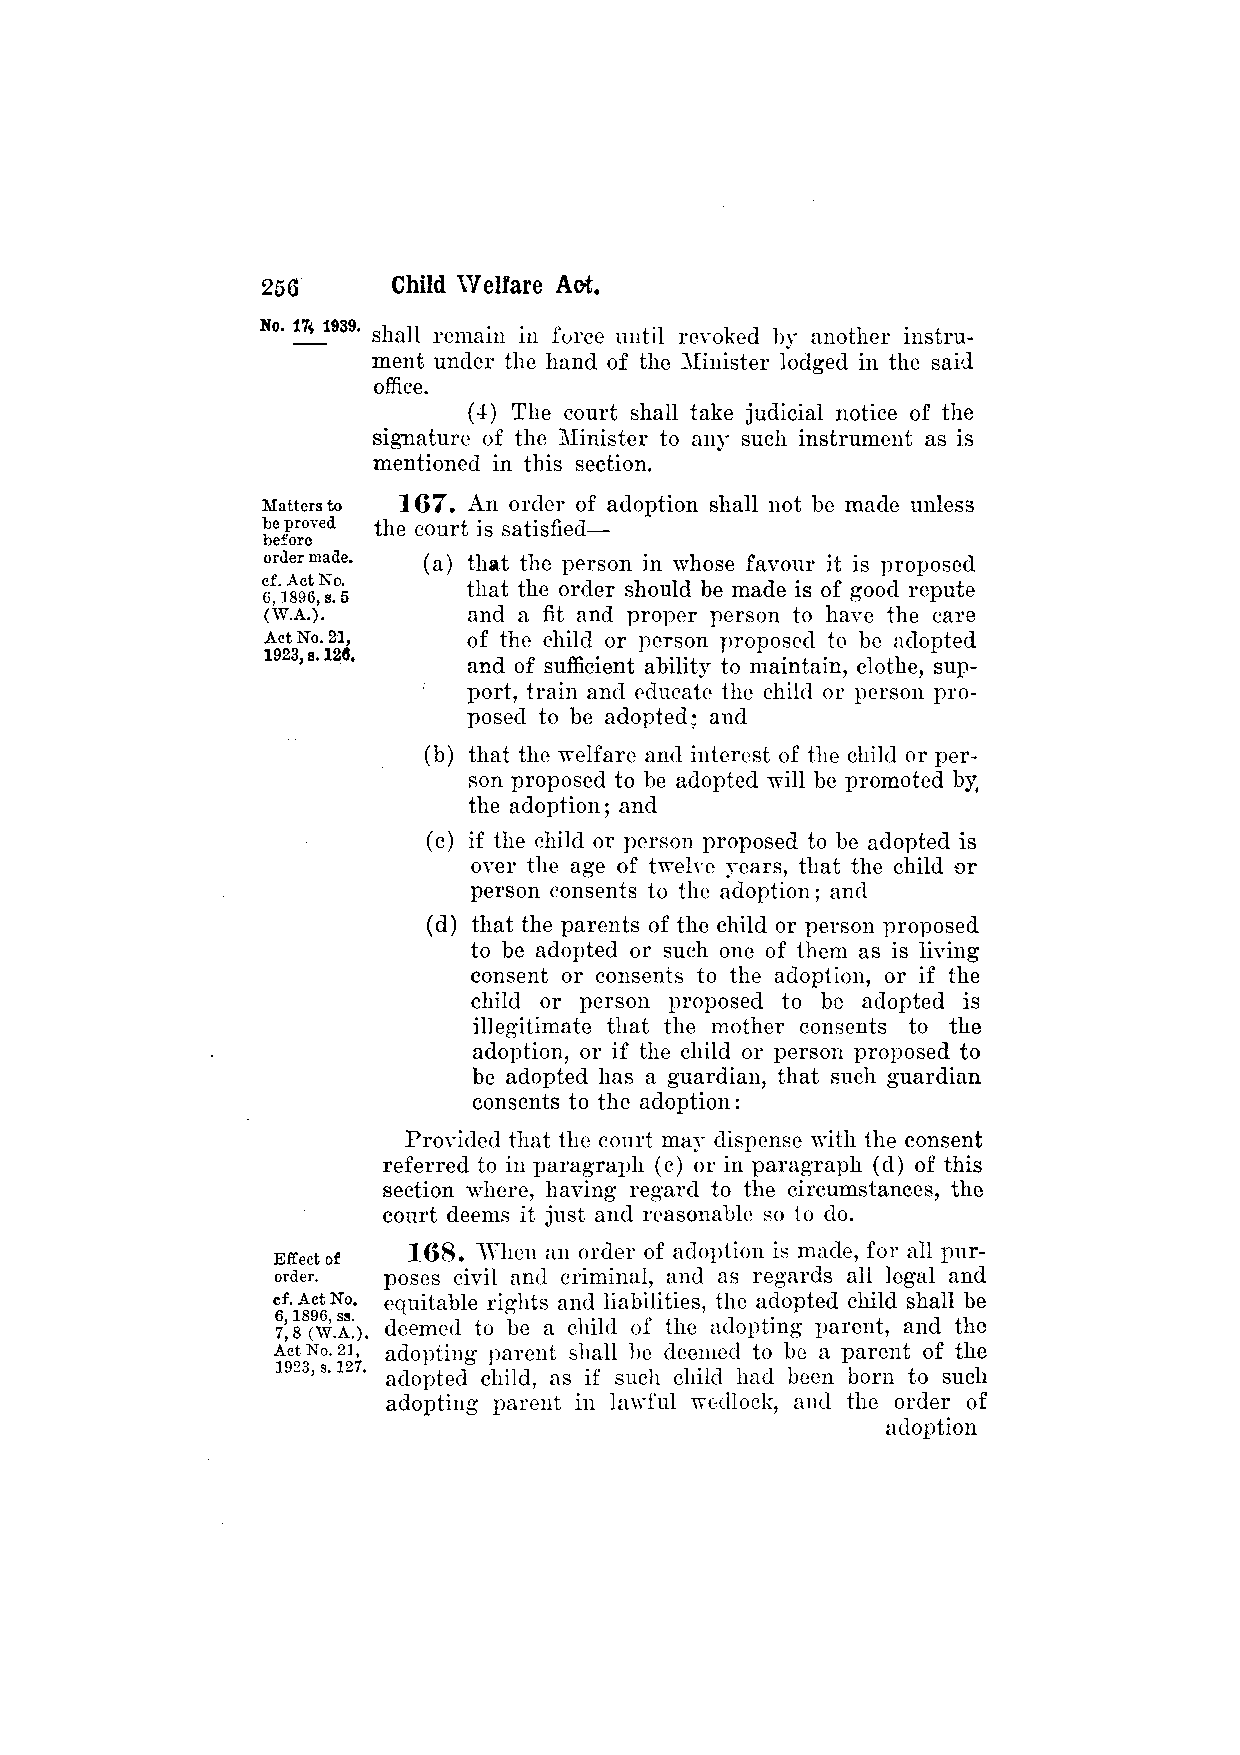
shall remain in force until revoked by another instru­
 ment under the hand of the Minister lodged in the said
 office.
 (4) The court shall take judicial notice of the
 signature of the Minister to any such instrument as is
 mentioned in this section.
 167. An order of adoption shall not be made unless
 the court is satisfied—
 (a) that the person in whose favour it is proposed
 that the order should be made is of good repute
 and a fit and proper person to have the care
 of the child or person proposed to be adopted
 and of sufficient ability to maintain, clothe, sup­
 port, train and educate the child or person pro­
 posed to be adopted; and
 (b) that the welfare and interest of the child or per­
 son proposed to be adopted will be promoted by
 the adoption; and
 (c) if the child or person proposed to be adopted is
 over the age of twelve years, that the child or
 person consents to the adoption; and
 (d) that the parents of the child or person proposed
 to be adopted or such one of them as is living
 consent or consents to the adoption, or if the
 child or person proposed to be adopted is
 illegitimate that the mother consents to the
 adoption, or if the child or person proposed to
 be adopted has a guardian, that such guardian
 consents to the adoption:
 Provided that the court may dispense with the consent
 referred to in paragraph (c) or in paragraph (d) of this
 section where, having regard to the circumstances, the
 court deems it just and reasonable so to do.
 168. When an order of adoption is made, for all pur­
 poses civil and criminal, and as regards all legal and
 equitable rights and liabilities, the adopted child shall be
 deemed to be a child of the adopting parent, and the
 adopting parent shall be deemed to be a parent of the
 adopted child, as if such child had been born to such
 adopting parent in lawful wedlock, and the order of
 adoption